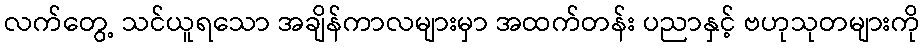
လက်တွေ့ သင်ယူရသော အချိန်ကာလများမှာ အထက်တန်း ပညာနှင့် ဗဟုသုတများကို